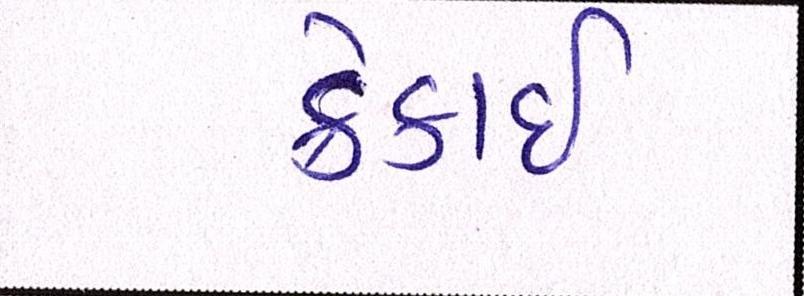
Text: ક્રેકાઇ